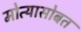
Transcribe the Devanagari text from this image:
मोत्यासोबत